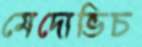
মেদোভিচ